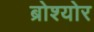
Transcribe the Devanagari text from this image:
ब्रोश्योर